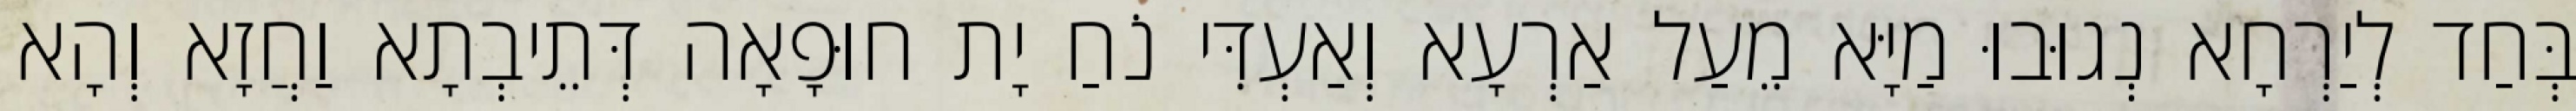
בְּחַד לְיַרְחָא נְגוּבוּ מַיָּא מֵעַל אַרְעָא וְאַעְדִּי נֹחַ יָת חוּפָאָה דְּתֵיבְתָא וַחֲזָא וְהָא